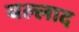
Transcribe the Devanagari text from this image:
बल्लाद